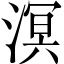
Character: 溟